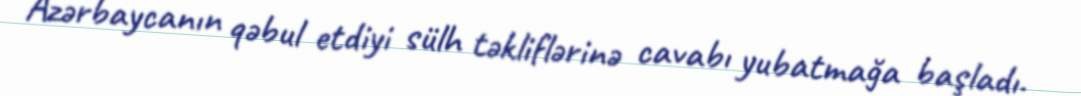
Azərbaycanın qəbul etdiyi sülh təkliflərinə cavabı yubatmağa başladı.